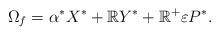
LaTeX: \begin{align*}\Omega_f =\alpha^*X^*+\mathbb RY^*+\mathbb R^+\varepsilon P^*.\end{align*}